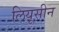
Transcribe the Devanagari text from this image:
लियूसीन